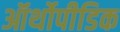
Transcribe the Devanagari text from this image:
ऑर्थोपीडिक